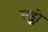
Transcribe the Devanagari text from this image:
सड्को